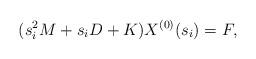
LaTeX: \begin{align*}(s_{i}^{2}M+s_{i}D+K) X^{(0)}(s_{i}) = F,\end{align*}